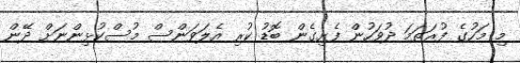
މި މަހުގެ ފުރަތަމަ ދުވަހުން ފެށިގެން ބޮޑު ކުރި އެލަވަންސް މުސްކުޅިންނަށް ދޭން